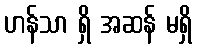
ဟန်သာ ရှိ အဆန် မရှိ